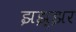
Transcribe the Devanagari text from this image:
झझ्झर